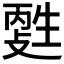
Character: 𤯳